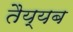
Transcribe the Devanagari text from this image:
तैय्यब